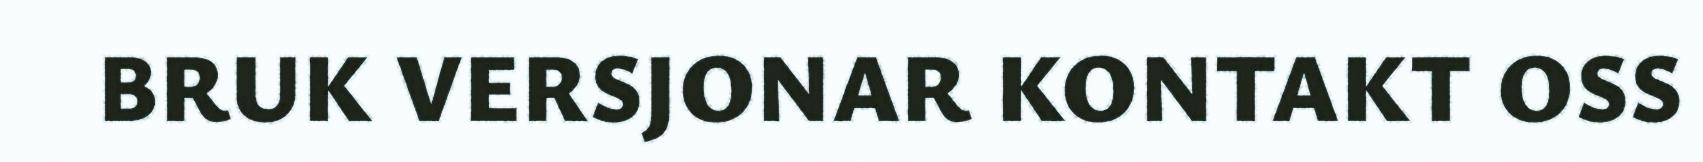
BRUK VERSJONAR KONTAKT OSS